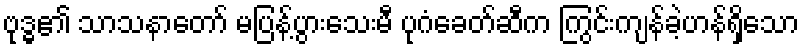
ဗုဒ္ဓ၏ သာသနာတော် မပြန့်ပွားသေးမီ ပုဂံခေတ်ဆီက ကြွင်းကျန်ခဲ့ဟန်ရှိသော